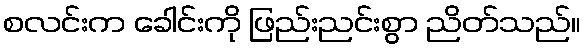
စလင်းက ခေါင်းကို ဖြည်းညင်းစွာ ညိတ်သည်။